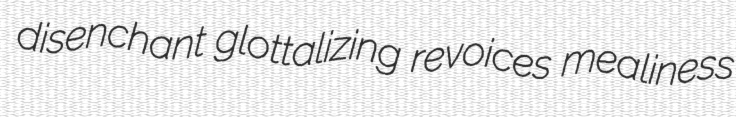
disenchant glottalizing revoices mealiness